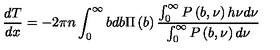
\frac { d T } { d x } = - 2 \pi n \int _ { 0 } ^ { \infty } { b d b } \Pi \left( b \right) \frac { \int _ { 0 } ^ { \infty } { P \left( { b , \nu } \right) h \nu d \nu } } { \int _ { 0 } ^ { \infty } { P \left( { b , \nu } \right) d \nu } }